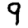
Digit: 9